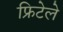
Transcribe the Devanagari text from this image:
फ्रिटेले